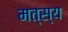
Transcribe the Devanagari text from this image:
मत्स्‍य